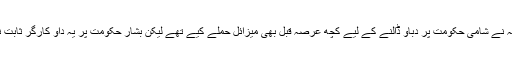
امریکہ نے شامی حکومت پر دباؤ ڈالنے کے لیے کچھ عرصہ قبل بھی میزائل حملے کیے تھے لیکن بشار حکومت پر یہ داؤ کارگر ثابت نہ ہوا۔